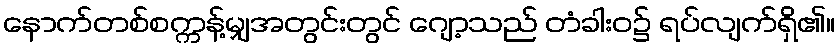
နောက်တစ်စက္ကန့်မျှအတွင်းတွင် ဂျော့သည် တံခါးဝ၌ ရပ်လျက်ရှိ၏။